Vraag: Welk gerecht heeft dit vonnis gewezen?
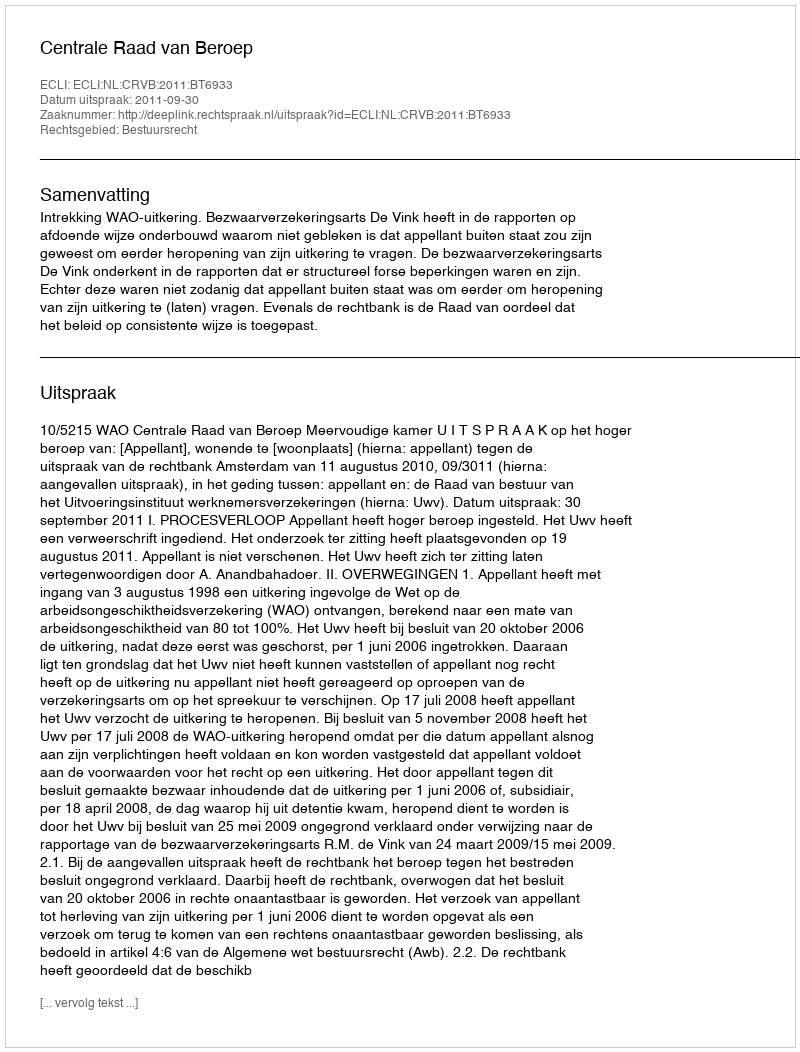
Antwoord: Centrale Raad van Beroep